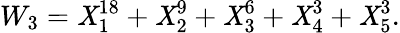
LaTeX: W_{3}=\mathit{X}_{1}^{18}+\mathit{X}_{2}^{9}+\mathit{X}_{3}^{6}+\mathit{X}_{4}^{3}+\mathit{X}_{5}^{3}.